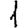
Digit: 1